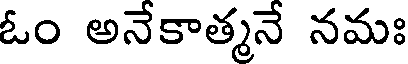
ఓం అనేకాత్మనే నమః